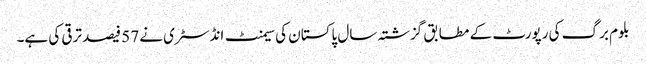
بلوم برگ کی رپورٹ کے مطابق گزشتہ سال پاکستان کی سیمنٹ انڈسٹری نے 57 فیصد ترقی کی ہے۔